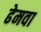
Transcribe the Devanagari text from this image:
ढेमवा